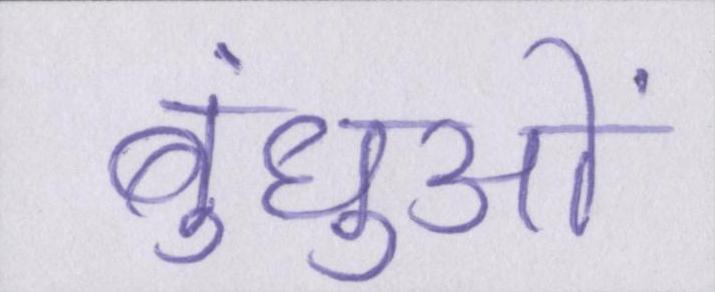
बंधुओं